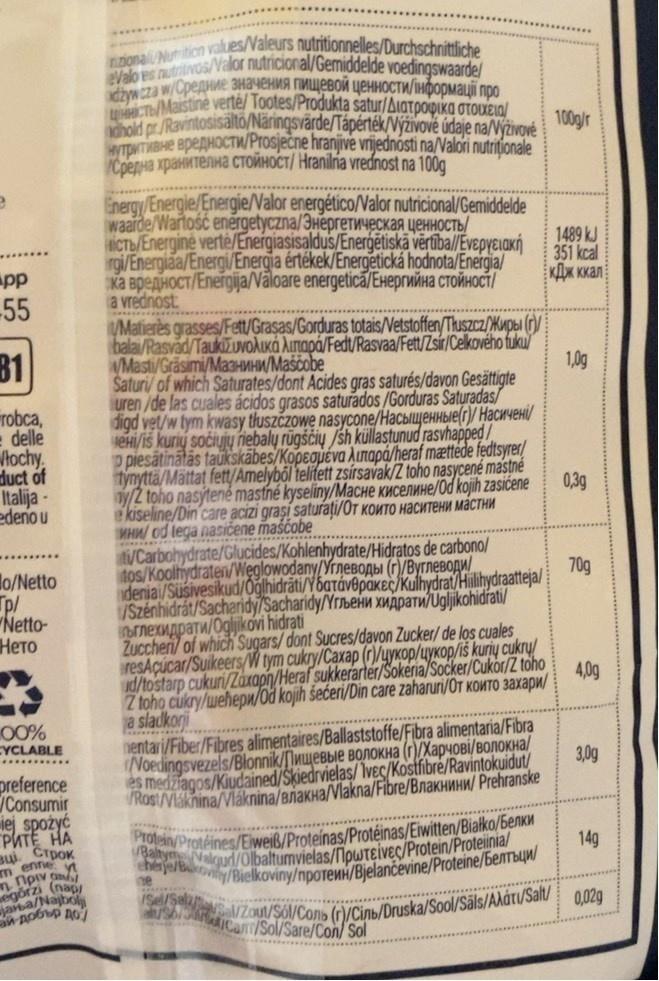
nzionali Numition vakues/Valeurs nutritionnelles/Durchschnittliche eValo es nutritivos/Valor nutricional/Gemiddelde voedingswaarde/
cунаа wСредние значения пищевой ценности/нформаці про czyMaistine verté/ Tootes/Produkta satur/AiaTpopika OTOUEIO/
100gr hold pr./Ravintosisalto/Naringsvärde/Tápérték/Nýživově údaje na/Výživové
wITOHTMBHE BPEAHOCTW/Prosječne hranjive vrijednósti na/Valori nutritionale Кредна хранителна стойност/ Hraniha vrednost na 1001
Energy/Energie/Energie/Valor energético/Valor nutricional/Gemiddelde waide/Wariosc energetyczna/Энергетическая ценность ICT/Energine verte/Energiasisaldus/Energētiskā vērūībal/Evepyeiakń rgi/Energiaa/Energi/Energia értékek/Energetická hodnota/Energia/ жа вредност/Елетоја/aloare energetica/Eнергийна стойност/ a vrednost
1489 kJ 351 kcal кДж ккал
pp
-55
Matierès grasses/Fett/Grasas/Gorduras totais/Netstoffen/Thuszcz/Kupba (Gy balai/Rasvad/TaukižuvoAuKá Ainapá/Fedt/Rasvaa/Fett/Zsir/Celkového fuku WMasti/Gräsimi/Ma3HMHW/Maščobe Saturi/ of which Saturates/dont Acides gras saturés/davon Gesättigte uren /de las cuales ácidos grasos saturados /Gorduras Saturadas/ digd vet/w tym kwasy thuszczowe nasycone/HacbiluyeHHble(r)/ HacwyveHi/ eHi/is kuriy sočiujų niebaly rügščių /sh küllastunud rasvhapped / 2 piesātinātās taukskābes/Kopegueva Aunapá/heraf mættéde fedtsyrer/ týnyttä/Mättat fett/Amelyből telitett zsírsavak/Z toho nasycené mastné y/Z toho nasýtené mastné kyseliny/MaCHe KMCENHHE/Od kojih zasićene ekiseline/Din care acizi graşi saturați/Or kouTO HACHTEHM MáCTHM MHW/ od tega nasičene maśčobe t/Carbohydrate/Glucides/Kohlenhydrate/Hidratos de carbono/ tos/Koolhydraten/Weglowodany/YrneBOAbi (r/ByrneBogu/ denia/Susivesikud/0ğlhidrāti/Y6atáv8pakeÇ/Kulhydrat/Hilihydraatteja/ Szénhidrát/Sacharidy/Sacharidy/Yrbeiu xMApaTw/Ugljikohidrati/ ылекидрати/Оglikon hidrati Zuccheri of which' Sugars/dont Sucres/davon Zucker/ de los cuales resAçúcar/Suikeers/W tym cukry/Caxap (r)/ykop/uykop/iš kuriy cukry/ ud/tostarp cukuri/Zaxaph/Heraf sukkerarter/Šokeria/Socker/Cukor/Z toho Z toho cukry/wehep/Od kojih šećeri/Din care zaharuri/OT KOWTO 3axapu/ a sladkorji nentari/Fiber/Fibres alimentaires/Ballaststoffe/Fibra alimentaria/Fibra Noedingsvezels/Blonik/Пищевые волокна (Харчові/волокна/ es medziagos/Kiudained/Skiedrvielas/ Ivec/Kostfibre/Ravintokuidut/ VRost/Vláknina/Vláknina/BnakHa/Vlakna/Fibre/BnakHMHW/ Prehranske
B1
1,0g
robca, e delle Hochy, duct of Italija - edeno u
0,3g
70g
lo/Netto Tp/ "Netto- Нето
4,0g
00% CYCLABLE
3,0g
...........
preference
Consumir iej spożyć PATE HA Bui CrpOK m enne
Ban/Protéines/Eweiß/Proteinas/Protéinas/Eiwitten/Bialko/6enku
14g
cherje/by/Bielkoviny/npotenH/Bjelančevine/Proteine/benTBYW/
heealgud/Olbaltumvielas/lowTeivec/Protein/Proteiinia/
ne
ideu) arba/Najbol
.*.*****e
sblJAMaRICa/Sol/Sare/Con/ Sol
0,02g
Zout/Sól/Cons (rO/Cin/Pruska/Sool/Sāls/Alát/Salt/